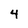
Character: 4